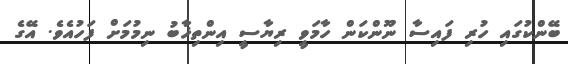
ބޭންކުގައި ހުރި ފައިސާ ނޫންކަން ހާމަވީ ރިޔާސީ އިންތިޚާބު ނިމުމަށް ފަހުއެވެ. އޭގެ